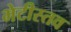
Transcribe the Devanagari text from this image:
भेटीस्तव